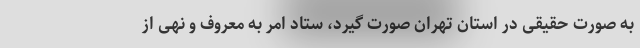
به صورت حقیقی در استان تهران صورت گیرد، ستاد امر به معروف و نهی از